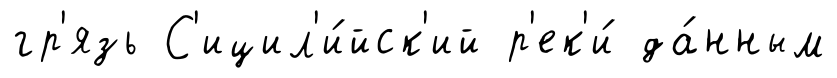
гр'язь С'ицил'и́йск'ий р'ек'и́ да́нным